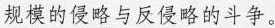
规模的侵略与反侵略的斗争。